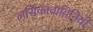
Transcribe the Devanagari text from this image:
लसिकावाहिनियों